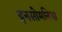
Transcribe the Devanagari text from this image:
इनसोमनिया